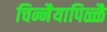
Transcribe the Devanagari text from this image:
चिन्नैयापिळ्ळै